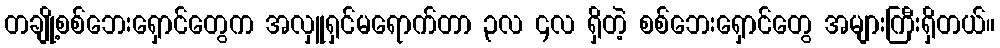
တချို့စစ်ဘေးရှောင်တွေက အလှူရှင်မရောက်တာ ၃လ ၄လ ရှိတဲ့ စစ်ဘေးရှောင်တွေ အများကြီးရှိတယ်။